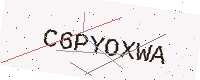
Text: C6PYOXWA